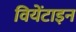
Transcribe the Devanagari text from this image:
वियेंटाइन